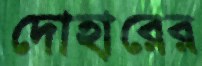
দোহারের